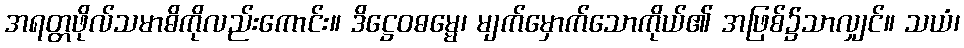
အရတ္တဖိုလ်သမာဓိကိုလည်းကောင်း။ ဒိဋ္ဌေဝဓမ္မေ၊ မျက်မှောက်သောကိုယ်၏ အဖြစ်၌သာလျှင်။ သယံ၊